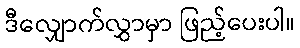
ဒီလျှောက်လွှာမှာ ဖြည့်ပေးပါ။